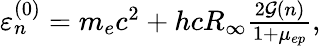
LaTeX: \begin{array}{r}{\varepsilon_{n}^{(0)}=m_{e}c^{2}+hcR_{\infty}\frac{2\mathcal{G}(n)}{1+\mu_{ep}},}\end{array}